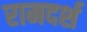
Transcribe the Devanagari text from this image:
रामदर्श